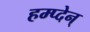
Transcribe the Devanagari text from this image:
हम्प्देन्